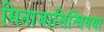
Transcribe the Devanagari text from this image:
सिताजासिन्धियया